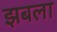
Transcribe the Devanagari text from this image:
झबला